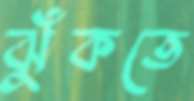
ঝুঁকতে